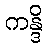
ကန္ဒိ